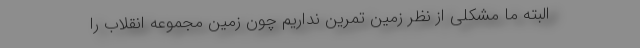
البته ما مشکلی از نظر زمین تمرین نداریم چون زمین مجموعه انقلاب را